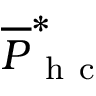
\overline { { P } } _ { \mathrm { ~ h ~ c ~ } } ^ { * }